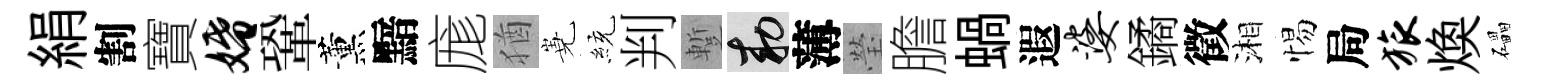
絹割寶婚鞏薰黯庬猶嶤統判蹔敕薄瑩膽蝸遐婆鐍徵湘惕局旅焕礧